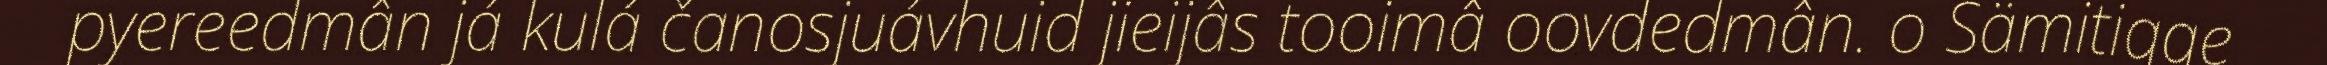
pyereedmân já kulá čanosjuávhuid jieijâs tooimâ oovdedmân. o Sämitigge